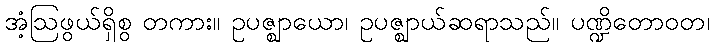
အံ့ဩဖွယ်ရှိစွ တကား။ ဥပဇ္ဈာယော၊ ဥပဇ္ဈာယ်ဆရာသည်။ ပဏ္ဍိတောဝတ၊